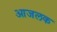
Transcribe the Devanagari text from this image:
आजलक